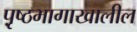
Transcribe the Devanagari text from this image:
पृ़ष्ठभागाखालील